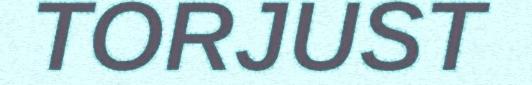
TORJUST